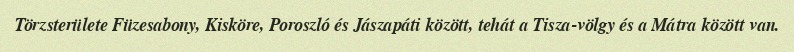
Törzsterülete Füzesabony, Kisköre, Poroszló és Jászapáti között, tehát a Tisza-völgy és a Mátra között van.